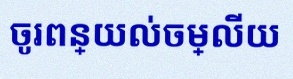
ចូរពន្យល់ចម្លើយ